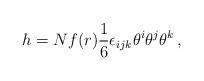
LaTeX: \begin{align*}h = N f(r) \frac{1}{6} \epsilon_{ijk} \theta^i \theta^j \theta^k\,,\end{align*}